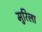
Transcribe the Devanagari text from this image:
मुरिला